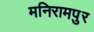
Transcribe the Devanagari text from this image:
मनिरामपुर